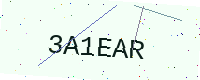
Text: 3A1EAR